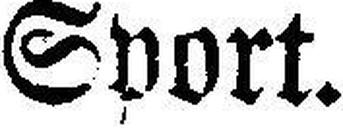
Sport.